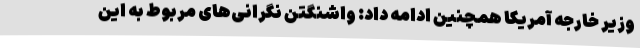
وزیر خارجه آمریکا همچنین ادامه داد: واشنگتن نگرانی‌های مربوط به این